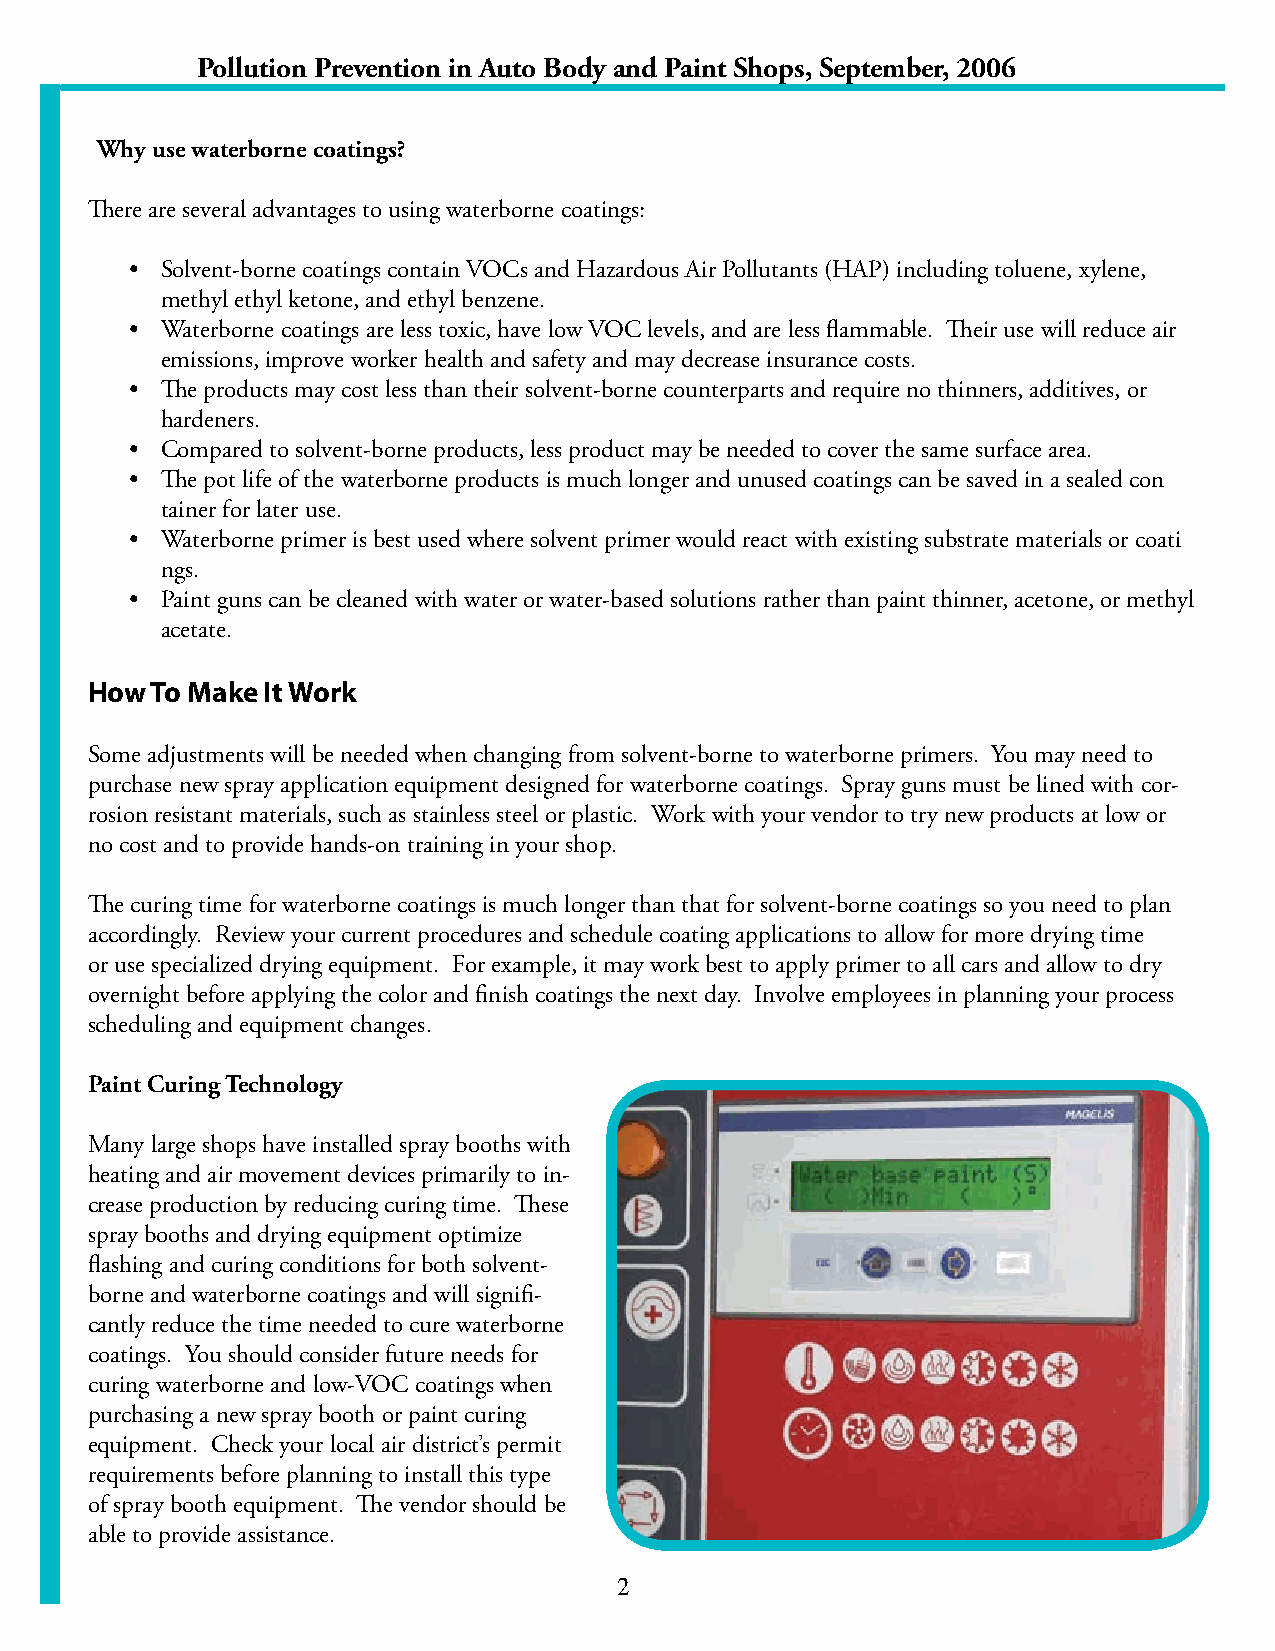
Pollution Prevention in Auto Body and Paint Shops, September, 2006
 Why use waterborne coatings?
 There are several advantages to using waterborne coatings:
 • Solvent-borne coatings contain VOCs and Hazardous Air Pollutants (HAP) including toluene, xylene,
 methyl ethyl ketone, and ethyl benzene.
 • Waterborne coatings are less toxic, have low VOC levels, and are less flammable. Their use will reduce air
 emissions, improve worker health and safety and may decrease insurance costs.
 • The products may cost less than their solvent-borne counterparts and require no thinners, additives, or
 hardeners.
 • Compared to solvent-borne products, less product may be needed to cover the same surface area.
 • The pot life of the waterborne products is much longer and unused coatings can be saved in a sealed con
 tainer for later use.
 • Waterborne primer is best used where solvent primer would react with existing substrate materials or coati
 ngs.
 • Paint guns can be cleaned with water or water-based solutions rather than paint thinner, acetone, or methyl
 acetate.
 How To Make It Work
 Some adjustments will be needed when changing from solvent-borne to waterborne primers. You may need to
 purchase new spray application equipment designed for waterborne coatings. Spray guns must be lined with cor-
 rosion resistant materials, such as stainless steel or plastic. Work with your vendor to try new products at low or
 no cost and to provide hands-on training in your shop.
 The curing time for waterborne coatings is much longer than that for solvent-borne coatings so you need to plan
 accordingly. Review your current procedures and schedule coating applications to allow for more drying time
 or use specialized drying equipment. For example, it may work best to apply primer to all cars and allow to dry
 overnight before applying the color and finish coatings the next day. Involve employees in planning your process
 scheduling and equipment changes.
 Paint Curing Technology
 Many large shops have installed spray booths with
 heating and air movement devices primarily to in-
 crease production by reducing curing time. These
 spray booths and drying equipment optimize
 flashing and curing conditions for both solvent-
 borne and waterborne coatings and will signifi-
 cantly reduce the time needed to cure waterborne
 coatings. You should consider future needs for
 curing waterborne and low-VOC coatings when
 purchasing a new spray booth or paint curing
 equipment. Check your local air district’s permit
 requirements before planning to install this type
 of spray booth equipment. The vendor should be
 able to provide assistance.
 